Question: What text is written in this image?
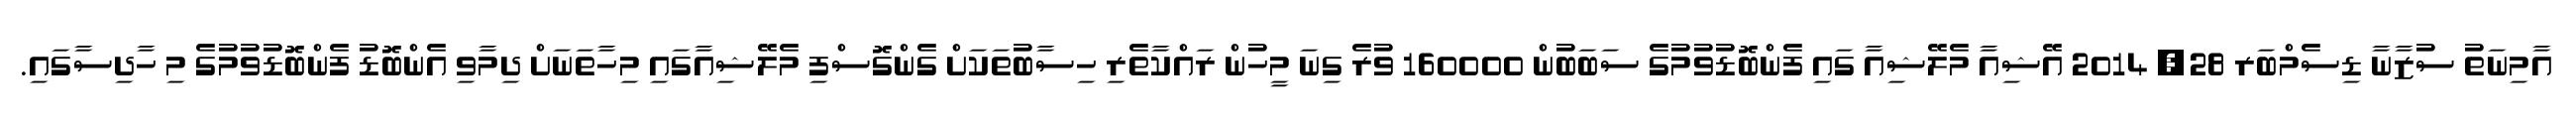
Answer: އާމިނަތު ސުޒާނާ ޑިސެމްބަރ 28, 2014 އޭޝިއާ މެލޭޝިއާ ގައި ފެންބޮޑުވުމުގެ ސަބަބުން 160000 ވުރެ ގިނަ މީހުން ރައްކާތެރި ހިސާބުތަކަށް ގެންގޮސްފި މެލޭޝިއާގައި މިހާތަނަށް ދިމާވި އެންބޮޑު ފެންބޮޑުވުމުގެ މި ހާދިސާގައި.